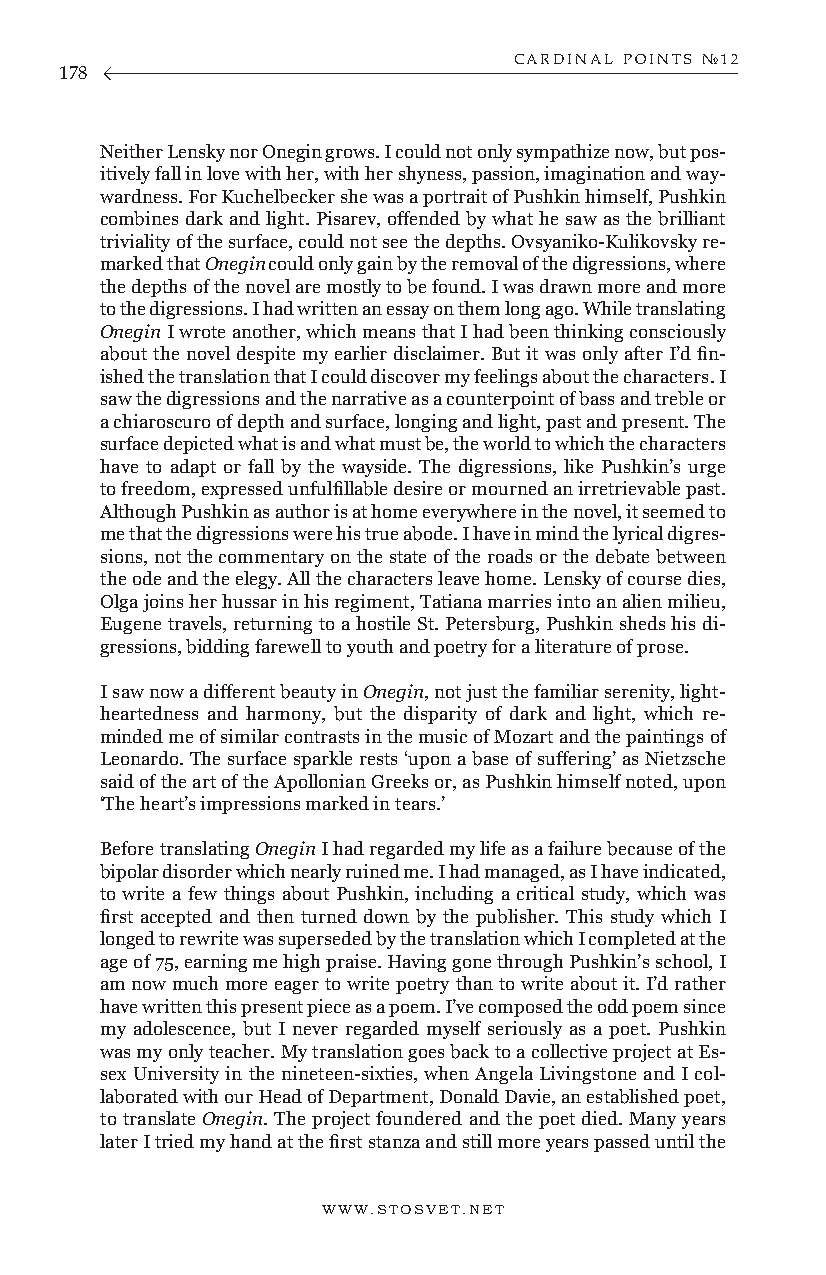
CARDINAL POINTS №12
 178
 Neither Lensky nor Onegin grows. I could not only sympathize now, but pos-
 itively fall in love with her, with her shyness, passion, imagination and way-
 wardness. For Kuchelbecker she was a portrait of Pushkin himself, Pushkin
 combines dark and light. Pisarev, offended by what he saw as the brilliant
 triviality of the surface, could not see the depths. Ovsyaniko-Kulikovsky re-
 marked that Onegin could only gain by the removal of the digressions, where
 the depths of the novel are mostly to be found. I was drawn more and more
 to the digressions. I had written an essay on them long ago. While translating
 Onegin I wrote another, which means that I had been thinking consciously
 about the novel despite my earlier disclaimer. But it was only after I’d fin-
 ished the translation that I could discover my feelings about the characters. I
 saw the digressions and the narrative as a counterpoint of bass and treble or
 a chiaroscuro of depth and surface, longing and light, past and present. The
 surface depicted what is and what must be, the world to which the characters
 have to adapt or fall by the wayside. The digressions, like Pushkin’s urge
 to freedom, expressed unfulfillable desire or mourned an irretrievable past.
 Although Pushkin as author is at home everywhere in the novel, it seemed to
 me that the digressions were his true abode. I have in mind the lyrical digres-
 sions, not the commentary on the state of the roads or the debate between
 the ode and the elegy. All the characters leave home. Lensky of course dies,
 Olga joins her hussar in his regiment, Tatiana marries into an alien milieu,
 Eugene travels, returning to a hostile St. Petersburg, Pushkin sheds his di-
 gressions, bidding farewell to youth and poetry for a literature of prose.
 I saw now a different beauty in Onegin, not just the familiar serenity, light-
 heartedness and harmony, but the disparity of dark and light, which re-
 minded me of similar contrasts in the music of Mozart and the paintings of
 Leonardo. The surface sparkle rests ‘upon a base of suffering’ as Nietzsche
 said of the art of the Apollonian Greeks or, as Pushkin himself noted, upon
 ‘The heart’s impressions marked in tears.’
 Before translating Onegin I had regarded my life as a failure because of the
 bipolar disorder which nearly ruined me. I had managed, as I have indicated,
 to write a few things about Pushkin, including a critical study, which was
 first accepted and then turned down by the publisher. This study which I
 longed to rewrite was superseded by the translation which I completed at the
 age of 75, earning me high praise. Having gone through Pushkin’s school, I
 am now much more eager to write poetry than to write about it. I’d rather
 have written this present piece as a poem. I’ve composed the odd poem since
 my adolescence, but I never regarded myself seriously as a poet. Pushkin
 was my only teacher. My translation goes back to a collective project at Es-
 sex University in the nineteen-sixties, when Angela Livingstone and I col-
 laborated with our Head of Department, Donald Davie, an established poet,
 to translate Onegin. The project foundered and the poet died. Many years
 later I tried my hand at the first stanza and still more years passed until the
 WWW.STOSVET.NET                                        WWW.STOSVET.NET